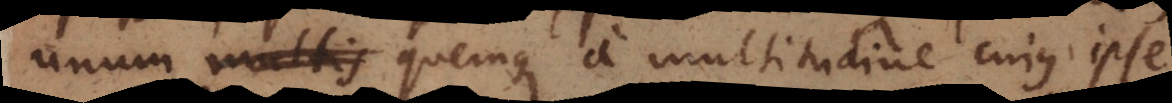
unum multis unumquemque a multitudine cujus ipse